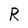
Character: R